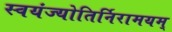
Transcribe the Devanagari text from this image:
स्वयंज्योतिर्निरामयम्